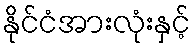
နိုင်ငံအားလုံးနှင့်